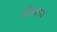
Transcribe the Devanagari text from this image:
जीवाय